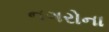
નગરોના